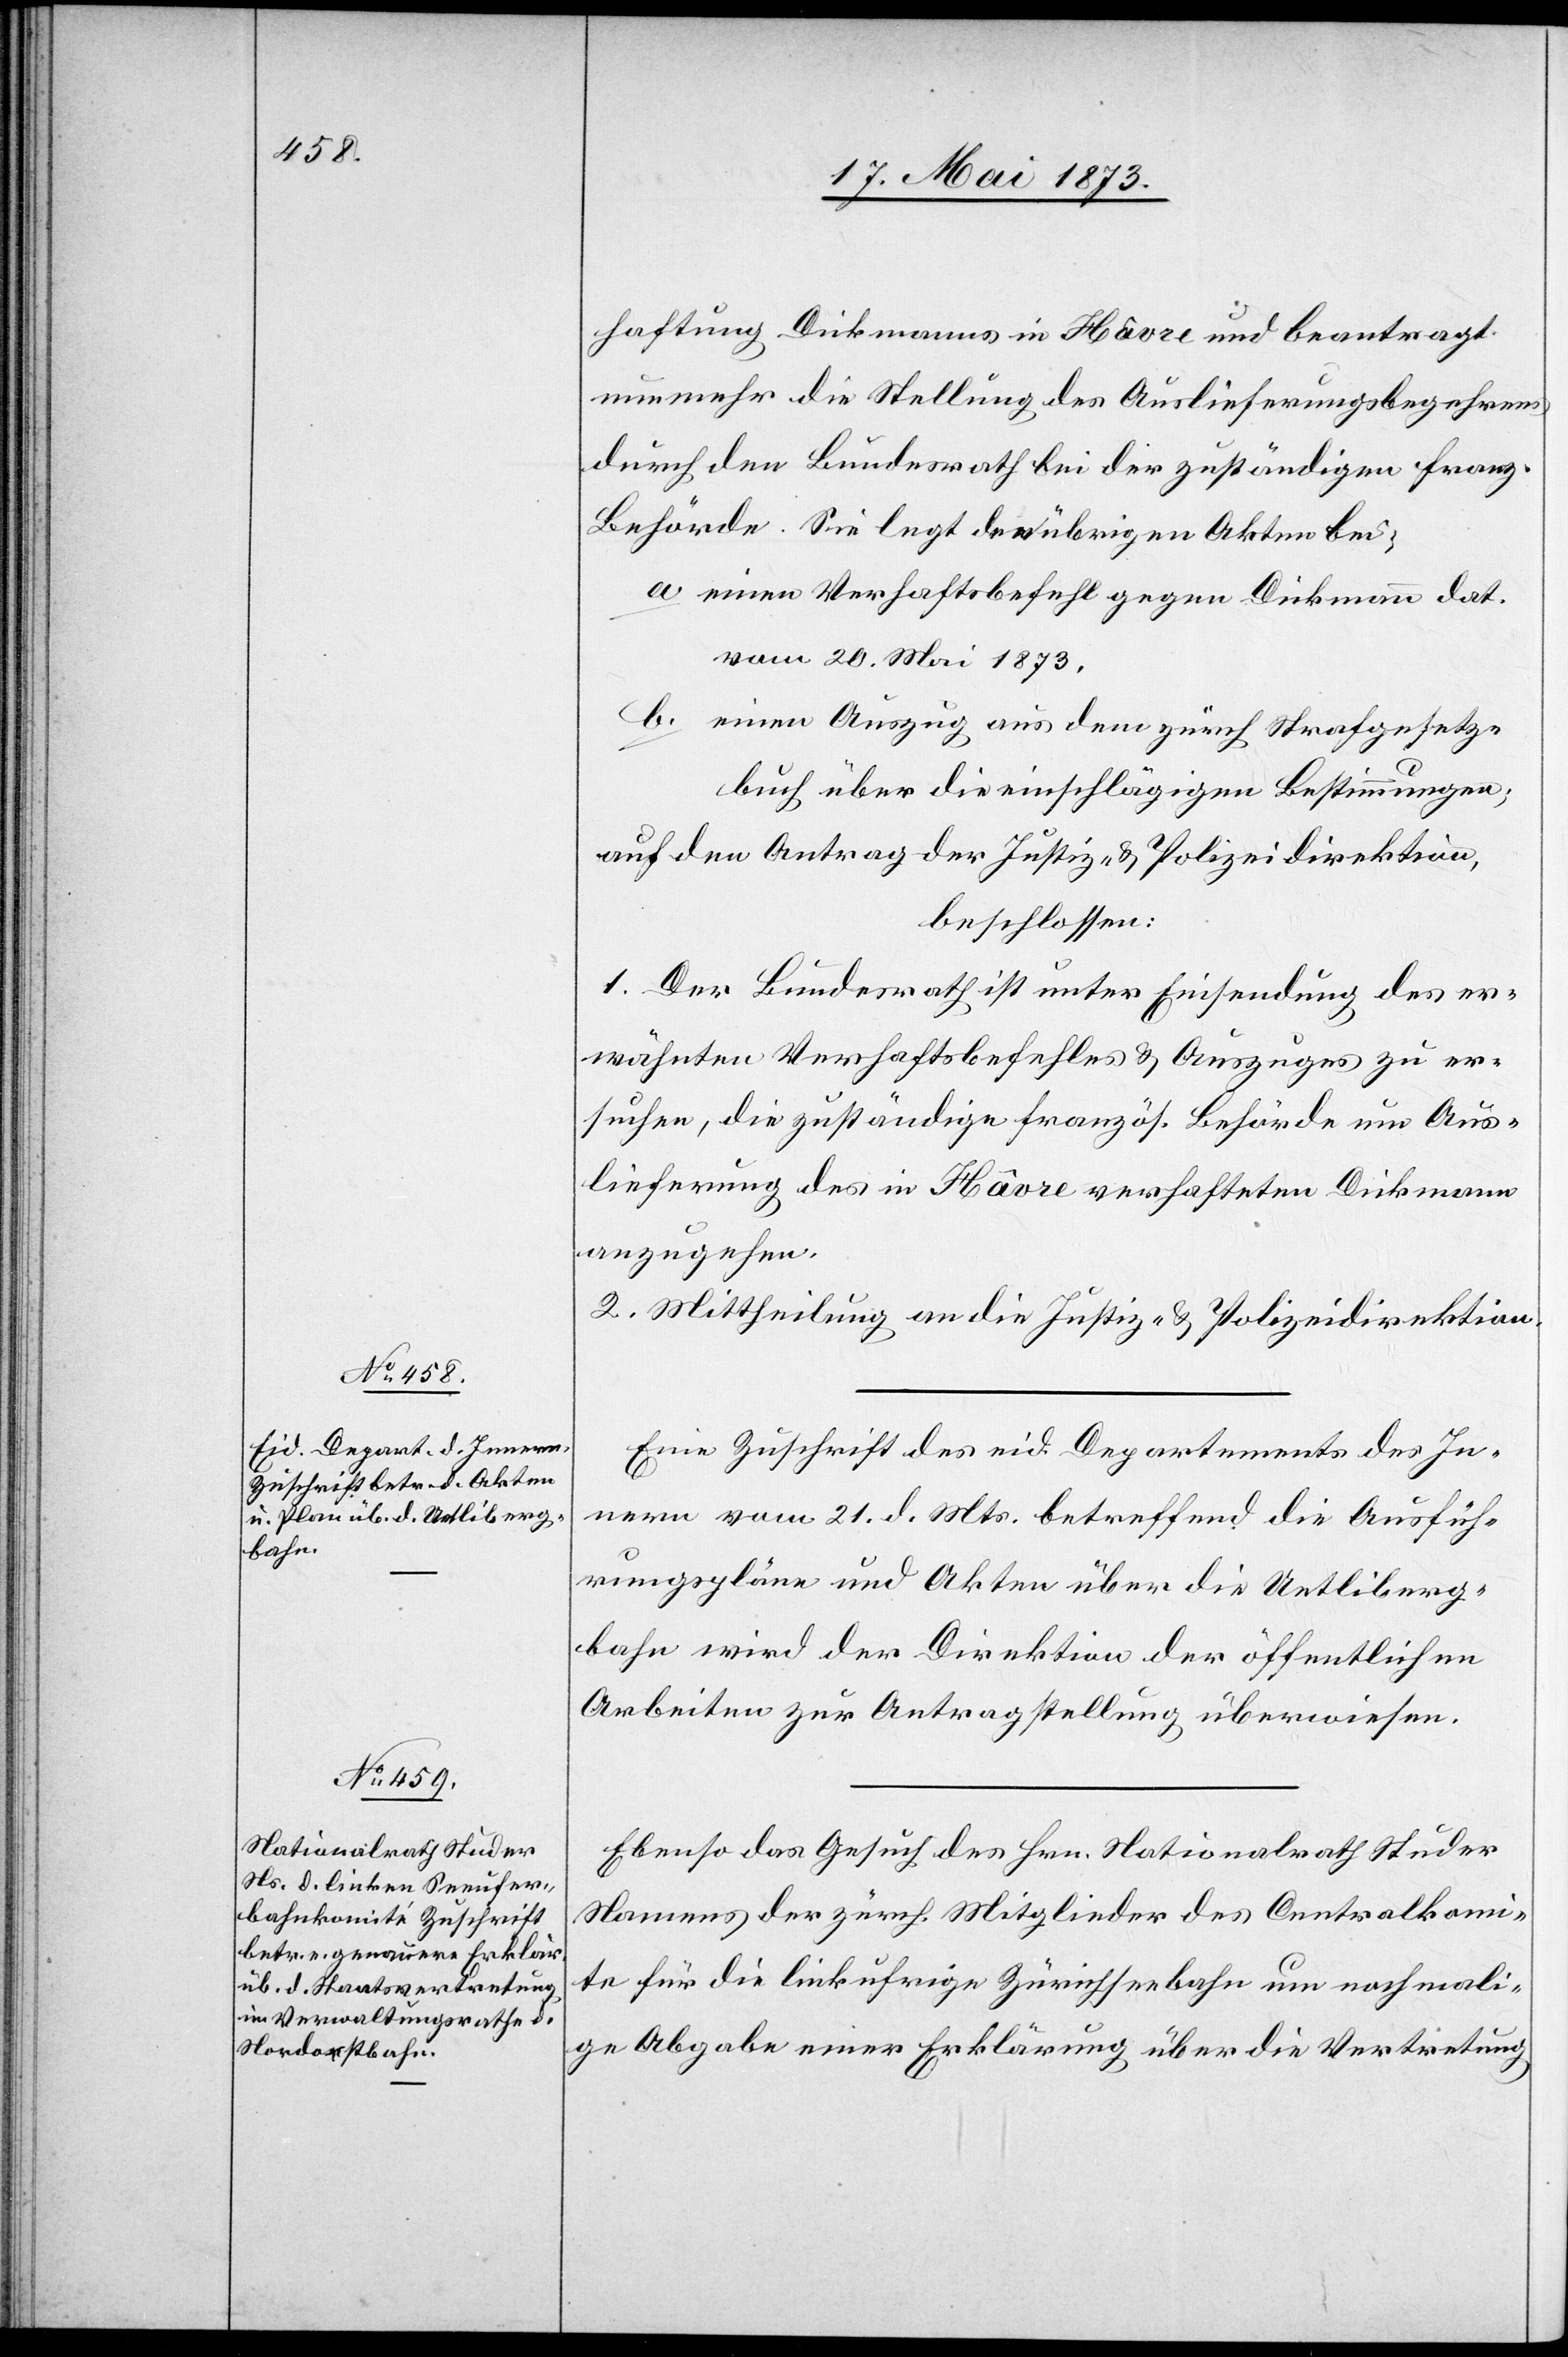
23. Mai 1873]
haftung Dickmanns in Havre und beantragt
nunmehr die Stellung des Auslieferungsbegehrens
durch den Bundesrath bei der zuständigen franz.
Behörde. Sie legt den übrigen Akten bei:
a. einen Verhaftsbefehl gegen Dickmann dat.
vom 20. Mai 1873,
b. einen Auszug aus dem zürch Strafgesetz¬
buch über die einschlägigen Bestimmungen;
auf den Antrag der Justiz- & Polizeidirektion
beschlossen:
1. Der Bundesrath ist unter Einsendung des er¬
wähnten Verhaftsbefehles & Auszuges zu er¬
suchen, die zuständige französ. Behörde um Aus¬
lieferung des in Havre verhafteten Dickmann
anzugehen.
2. Mittheilung an die Justiz- & Polizeidirektion.
Eine Zuschrift des eid. Departements des In¬
nern vom 21. d. Mts. betreffend die Ausfüh¬
rungspläne und Akten über die Uetliberg¬
bahn wird der Direktion der öffentlichen
Arbeiten zur Antragstellung überwiesen.
Ebenso das Gesuch des Hrn. Nationalrath Studer
Namens der zürch. Mitglieder des Centralkomi¬
te für die linkufrige Zürichseebahn um nachmali¬
ge Abgabe einer Erklärung über die Vertretung